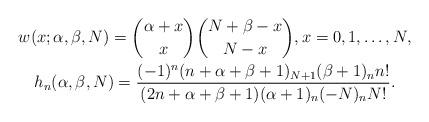
LaTeX: \begin{gather*} w(x;\alpha, \beta,N) = \binom{\alpha+x}{x} \binom{N+\beta-x}{N-x}, x=0,1,\ldots,N, \\ h_n (\alpha,\beta,N)= \frac{(-1)^n(n+\alpha+\beta+1)_{N+1}(\beta+1)_n n!}{(2n+\alpha+\beta+1)(\alpha+1)_n(-N)_n N!}.\end{gather*}